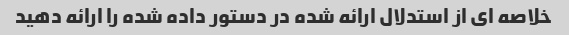
خلاصه ای از استدلال ارائه شده در دستور داده شده را ارائه دهید